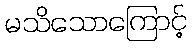
မသိသောကြောင့်